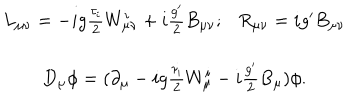
LaTeX: \begin{array} { c l } { { L _ { \mu \nu } = - i g \frac { \tau _ { i } } { 2 } W _ { \mu \nu } ^ { i } + i \frac { g ^ { \prime } } { 2 } B _ { \mu \nu } ; R _ { \mu \nu } = i g ^ { \prime } B _ { \mu \nu } } } \\ { { D _ { \mu } \phi = ( { \partial } _ { \mu } - i g \frac { { \tau } _ { i } } { 2 } W _ { \mu } ^ { i } - i \frac { g ^ { \prime } } { 2 } B _ { \mu } ) \phi . } } \\ \end{array}